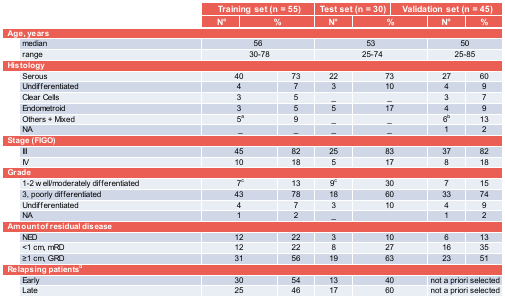
| <ROWSPAN=2>  | <COLSPAN=2> Training set (n = 55) | <COLSPAN=2> Test set (n = 30) | <COLSPAN=2> Validation set (n = 45) |
 | N° | % | N° | % | N° | % |
 | --- | --- | --- | --- | --- | --- | --- |
 | <COLSPAN=7> Age, years |
 | median | <COLSPAN=2> 56 | <COLSPAN=2> 53 | <COLSPAN=2> 50 |
 | range | <COLSPAN=2> 30-78 | <COLSPAN=2> 25-74 | <COLSPAN=2> 25-85 |
 | <COLSPAN=7> Histology |
 | Serous | 40 | 73 | 22 | 73 | 27 | 60 |
 | Undifferentiated | 4 | 7 | 3 | 10 | 4 | 9 |
 | Clear Cells | 3 | 5 | _ | _ | 3 | 7 |
 | Endometroid | 3 | 5 | 5 | 17 | 4 | 9 |
 | Others + Mixed | 5a | 9 | _ | _ | 6b | 13 |
 | NA | _ | _ | _ | _ | 1 | 2 |
 | <COLSPAN=7> Stage (FIGO) |
 | III | 45 | 82 | 25 | 83 | 37 | 82 |
 | IV | 10 | 18 | 5 | 17 | 8 | 18 |
 | <COLSPAN=7> Grade |
 | 1-2 well/moderately differentiated | 7c | 13 | 9c | 30 | 7 | 15 |
 | 3, poorly differentiated | 43 | 78 | 18 | 60 | 33 | 74 |
 | Undifferentiated | 4 | 7 | 3 | 10 | 4 | 9 |
 | NA | 1 | 2 | _ |  | 1 | 2 |
 | <COLSPAN=7> Amount of residual disease |
 | NED | 12 | 22 | 3 | 10 | 6 | 13 |
 | <1 cm, mRD | 12 | 22 | 8 | 27 | 16 | 35 |
 | ≥1 cm, GRD | 31 | 56 | 19 | 63 | 23 | 51 |
 | <COLSPAN=7> Relapsing patientsd |
 | Early | 30 | 54 | 13 | 40 | <COLSPAN=2> not a priori selected |
 | Late | 25 | 46 | 17 | 60 | <COLSPAN=2> not a priori selected |